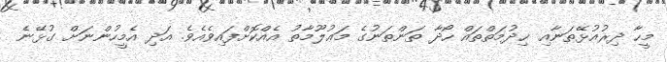
މީހާ ދިރުއުޅޭތަނާއި ޚިދުމަތްތައް ހޯދާ ތަންތަނުގެ މަޢުލޫމާތު އެއްކޮށްފައިވެއެވެ. އަދި އެމީހުންނަށް ގުޅޭނެ